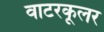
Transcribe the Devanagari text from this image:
वाटरकूलर